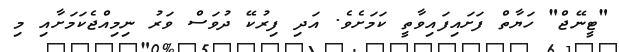
"ޓީނޭޖް" ހަޔާތް ފަށައިފައިވާތީ ކަމަށެވެ. އަދި ފިރުކޭ ދުވަސް ވަރު ނިމިއްޖެކަމަށާއި މި